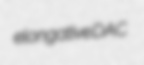
elongative DAC